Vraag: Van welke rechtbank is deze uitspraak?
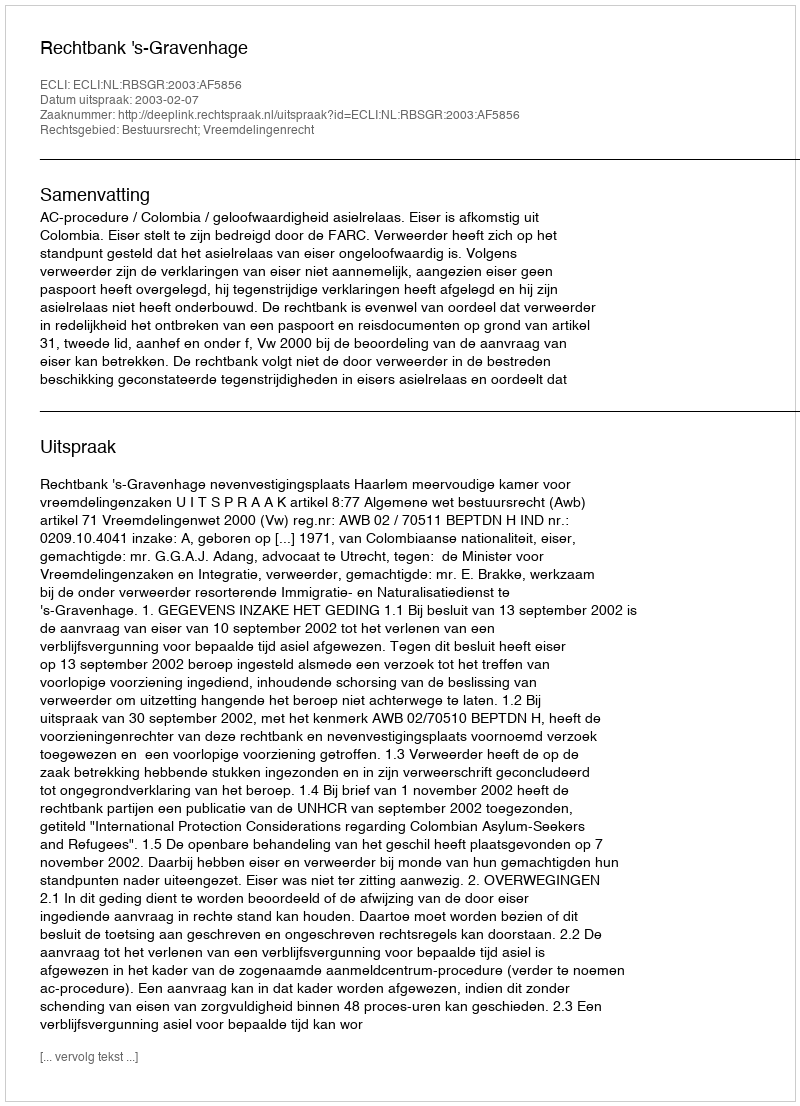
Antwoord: Rechtbank 's-Gravenhage